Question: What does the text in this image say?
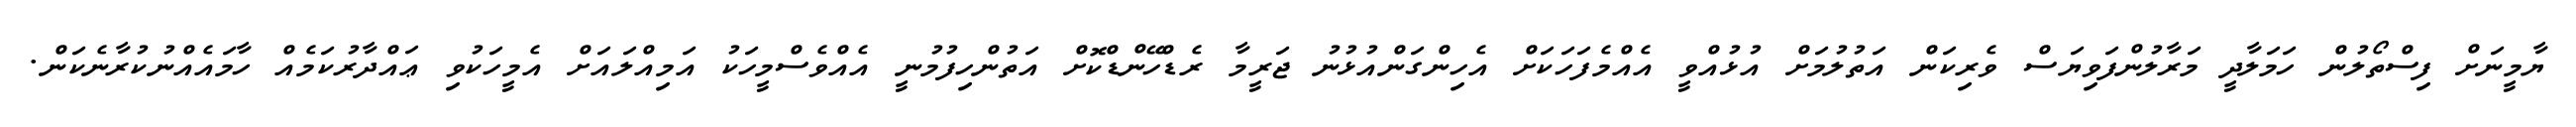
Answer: ޔާމީނަށް ފިސްތޯލުން ހަމަލާދީ މަރާލުންފަވިޔަސް ވެރިކަން އަތުލުމަށް އުޅުއްވީ އެއްމެފަހަކަށް އެހިންގަންއުޅުނު ޖަރީމާ ރެޑްހޭންޑްކޮށް އަތުންހިފުމުނީ އެއްވެސްމީހަކު އަމިއްލައަށް އެމީހަކުވި ޢައްދާރުކަމެއް ހާމައެއްނުކުރާނެކަން.